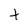
Character: t